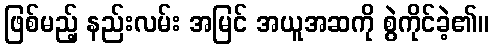
ဖြစ်မည့် နည်းလမ်း အမြင် အယူအဆကို စွဲကိုင်ခဲ့၏။